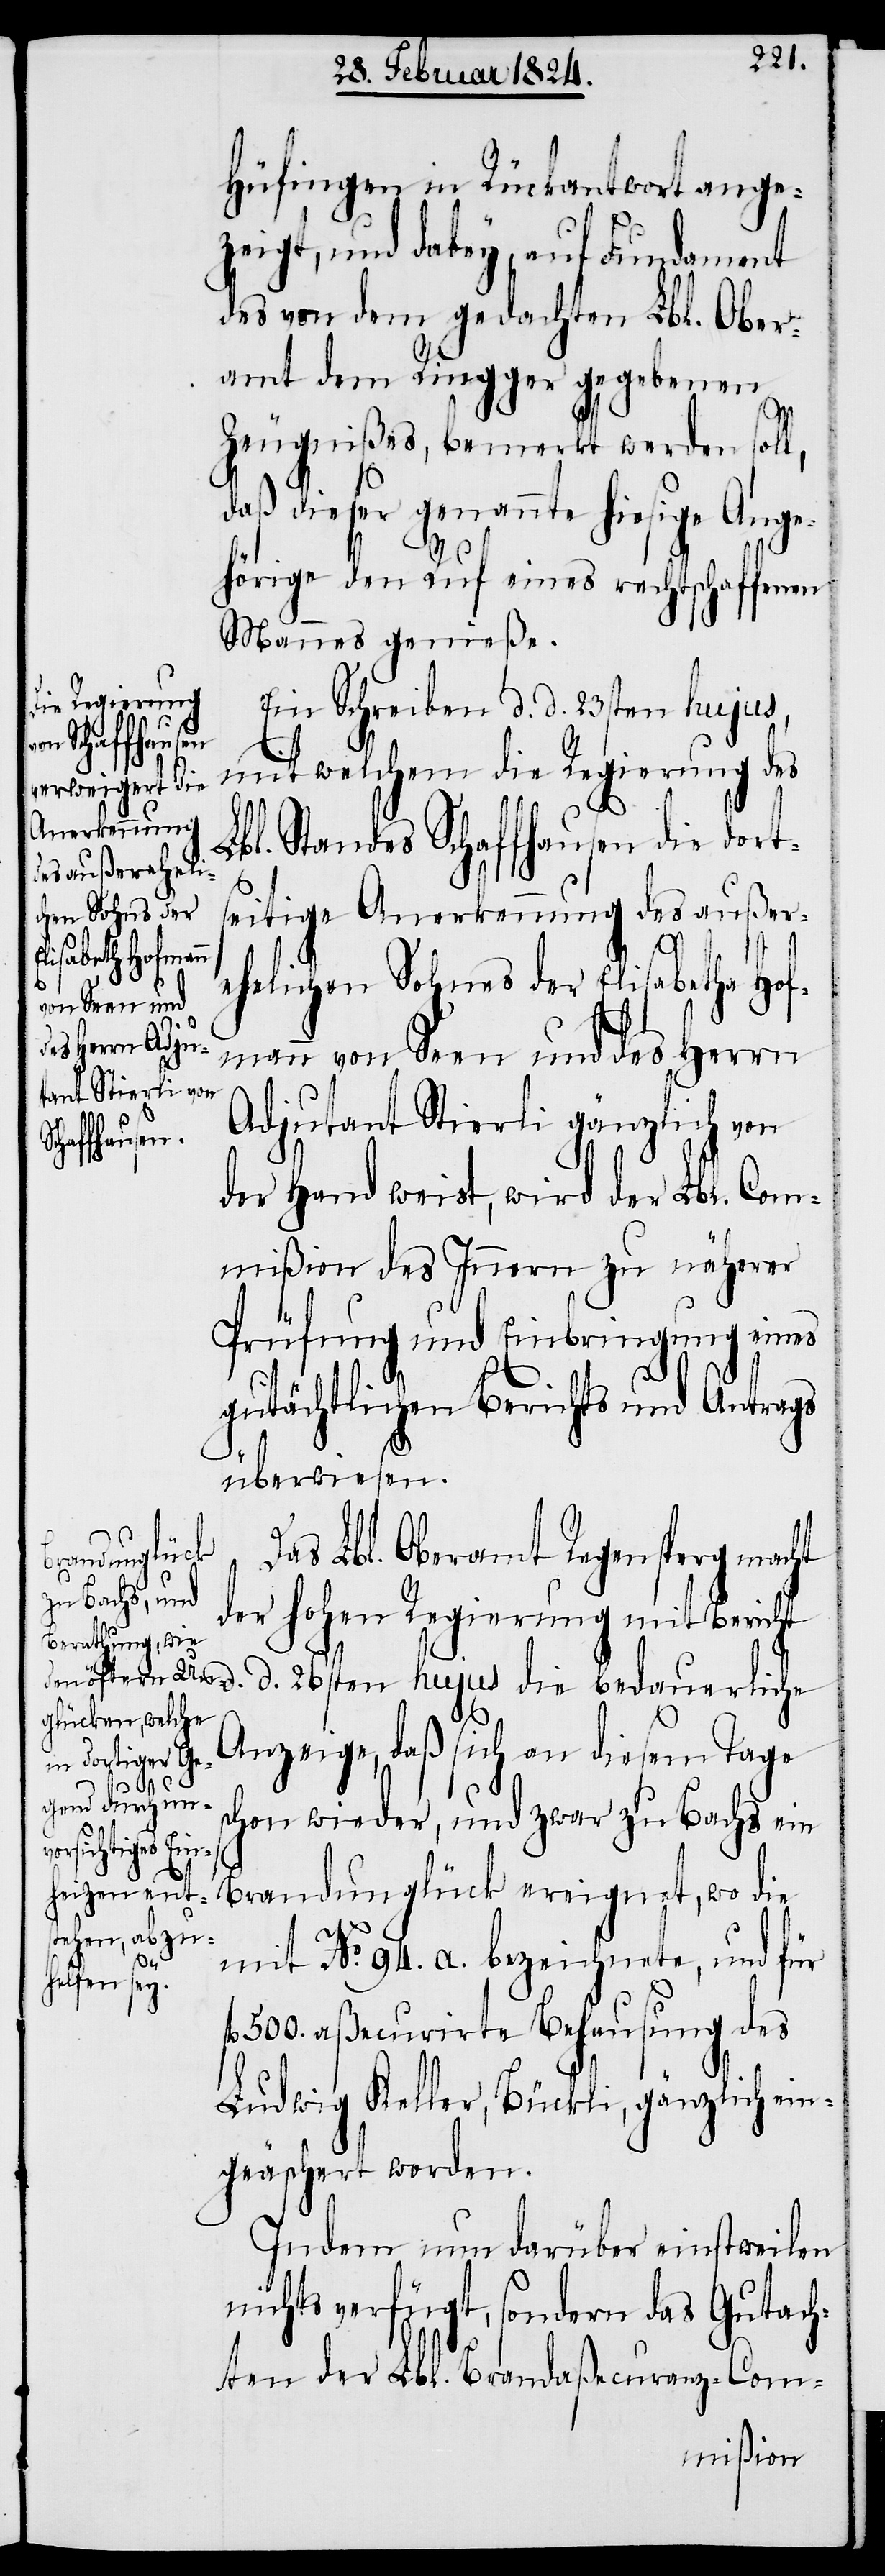
Hüfingen in Rückantwort ange¬
zeigt, und dabey, auf Fundament
des von dem gedachten Lbl. Ober¬
amt dem Ringger gegebenen
f¬
Zeugnißes, bemerkt werden soll,
daß dieser genannte hiesige Ange¬
hörige den Ruf eines rechtschaffenen
Mannes genieße.
Ein Schreiben d. d. 23sten hujus,
mit welchem die Regierung des
bl. Standes Schaffhausen die dort¬
seitige Anerkennung des außer¬
d.
d.
ehelichen Sohnes der Elisabetha Hof¬
mann von Seen und des Herrn
Adjutant Stierli gänzlich von
der Hand weist, wird der Lbl. Com¬
mißion des Innern zu näherer
Prüfung und Einbringung eines
gutächtlichen Berichts und Antrags
überwiesen.
Das Lbl. Oberamt Regensberg macht
bedauerliche
der hohen Regierung mit Bericht
Anzeige, daß sich an diesem Tage
chon wieder, und zwar zu Bachs ein
Brandunglück ereignet, wo die
mit No. 94. a. bezeichnete, und für
l. 500. aßecurirte Behausung des
Ludwig Keller, Bückli, gänzlich ein¬
geäschert worden.
Indem nun darüber einstweilen
nichts verfügt, sondern das Gutach¬
ten der Lbl. Brandaßecuranz-Com-